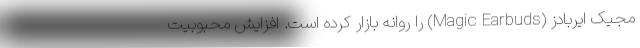
مجیک ایربادز (Magic Earbuds) را روانه بازار کرده است. افزایش محبوبیت